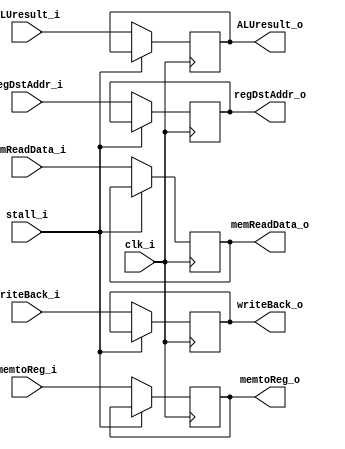
module MEMWB_Reg 
(
	clk_i,
	writeBack_i,
	memtoReg_i,
	memReadData_i,
	ALUresult_i,
	regDstAddr_i,
	stall_i,
	
	writeBack_o,
	memtoReg_o,
	memReadData_o,
	ALUresult_o,
	regDstAddr_o
);

// Ports
input				clk_i;
input				writeBack_i;
input				memtoReg_i;
input	[31:0]		memReadData_i;
input	[31:0]		ALUresult_i;
input	[4:0]		regDstAddr_i;
input				stall_i;

output				writeBack_o;
output				memtoReg_o;
output	[31:0]		memReadData_o;
output	[31:0]		ALUresult_o;
output	[4:0]		regDstAddr_o;

// Register File

reg				writeBack;
reg				memtoReg;
reg	[31:0]		memReadData;
reg	[31:0]		ALUresult;
reg	[4:0]		regDstAddr;

// Read Data	  

assign writeBack_o = writeBack;
assign memtoReg_o = memtoReg;
assign memReadData_o = memReadData;
assign ALUresult_o = ALUresult;
assign regDstAddr_o = regDstAddr;

// Write Data 
always@(posedge clk_i) begin
	if(stall_i) begin
		
	end
	else begin
		writeBack <= writeBack_i;
		memtoReg <= memtoReg_i;
		memReadData <= memReadData_i;
		ALUresult <= ALUresult_i;
		regDstAddr <= regDstAddr_i;	
	end
end
   
endmodule